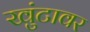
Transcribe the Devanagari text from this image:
खुंटावर